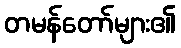
တမန်တော်များ၏